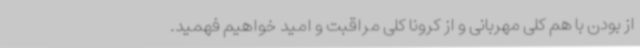
از بودن با هم کلی مهربانی و از کرونا کلی مراقبت و امید خواهیم فهمید.